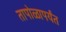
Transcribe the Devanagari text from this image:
तापोळापर्यंत